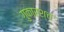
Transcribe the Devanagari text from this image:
गुकारश्च